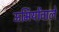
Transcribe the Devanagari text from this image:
ऊर्मियोंवाले